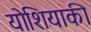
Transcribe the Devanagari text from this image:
योशियाकी